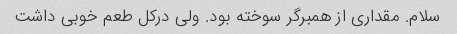
سلام. مقداری از همبرگر سوخته بود. ولی درکل طعم خوبی داشت